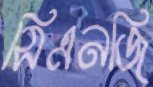
সিএনজি